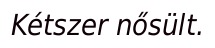
Kétszer nősült.